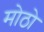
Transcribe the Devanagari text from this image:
मोठो